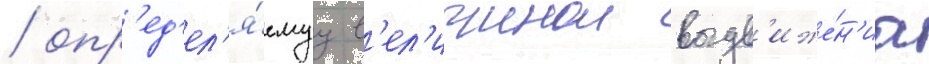
/ опр'ед'ел'я́емуу в'ел'ичинои выдв'иже́н'иа